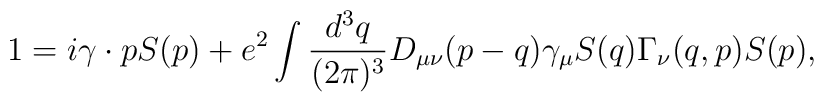
1=i\gamma \cdot p S(p)+e^2\int \frac{d^3q}{(2\pi)^3} D_{\mu \nu}(p - q) \gamma_\mu S(q) \Gamma_\nu (q,p) S(p),